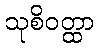
သုစိဝတ္ထာ